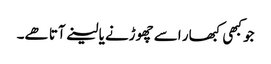
جو کبھی کبھار اسے چھوڑنے یا لینے آتا ھے۔